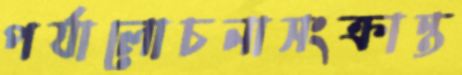
পর্যালোচনাসংক্রান্ত